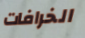
الخرافات